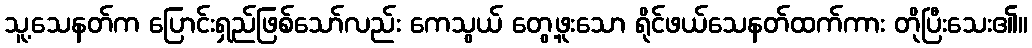
သူ့သေနတ်က ပြောင်းရှည်ဖြစ်သော်လည်း ကေသွယ် တွေ့ဖူးသော ရိုင်ဖယ်သေနတ်ထက်ကား တိုပြီးသေး၏။